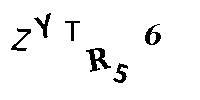
ZYTR56